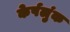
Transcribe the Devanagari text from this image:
केर्पलुंक